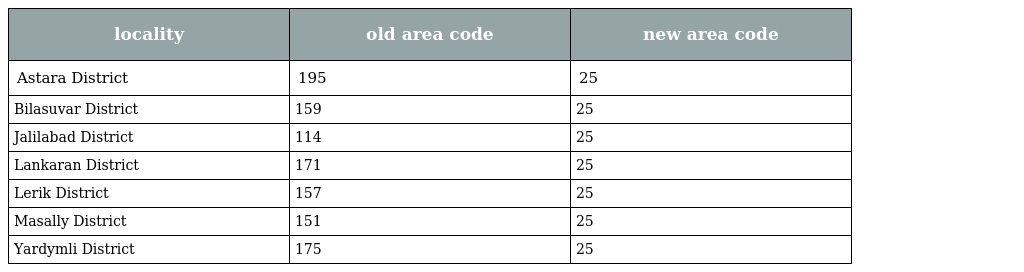
| locality | old area code | new area code |
 | --- | --- | --- |
 | Astara District | 195 | 25 |
 | Bilasuvar District | 159 | 25 |
 | Jalilabad District | 114 | 25 |
 | Lankaran District | 171 | 25 |
 | Lerik District | 157 | 25 |
 | Masally District | 151 | 25 |
 | Yardymli District | 175 | 25 |